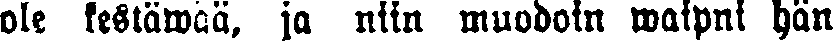
ole kestäwää, ja niin muodoin waipui hän